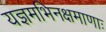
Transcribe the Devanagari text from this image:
यज्ञमभिनक्षमाणाः